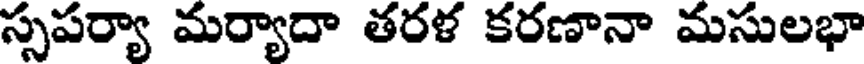
స్సపర్యా మర్యాదా తరళ కరణానా మసులభా